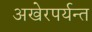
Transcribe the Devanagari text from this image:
अखेरपर्यन्त